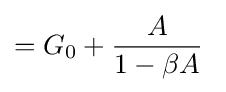
=G_{0}+{\frac {A}{1-\beta A}}\